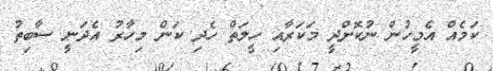
ކަމެއް އެމީހުން ނުކޮށްދީ މަކަރާއި ހީލަތް ހެދި ކަން މިހާރު އެދަނީ ސާބިތު